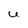
Character: U